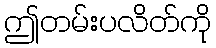
ဤတမ်းပလိတ်ကို